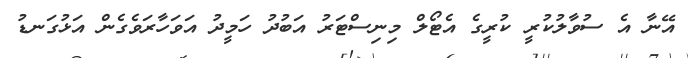
އޭނާ އެ ސުވާލުކުރީ ކުރީގެ އެޓޯލް މިނިސްޓަރު އަބުދު ހަމީދު އަވަހާރަވެގެން އަޅުގަނޑު